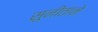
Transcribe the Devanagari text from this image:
सुनीताने